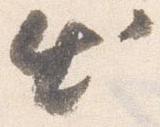
出